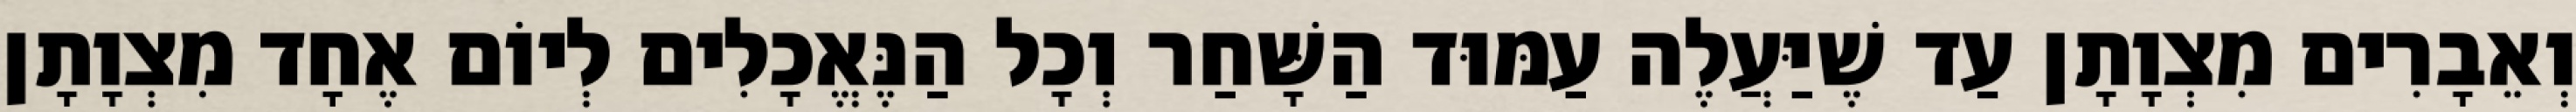
וְאֵבָרִים מִצְוָתָן עַד שֶׁיַּעֲלֶה עַמּוּד הַשָּׁחַר וְכָל הַנֶּאֱכָלִים לְיוֹם אֶחָד מִצְוָתָן